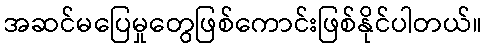
အဆင်မပြေမှုတွေဖြစ်ကောင်းဖြစ်နိုင်ပါတယ်။